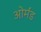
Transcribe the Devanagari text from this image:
ओर्मंड